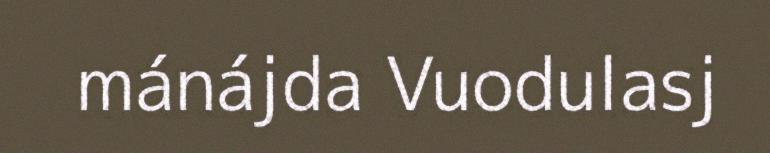
mánájda Vuodulasj